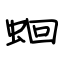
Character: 蛔